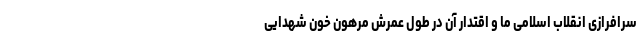
سرافرازی انقلاب اسلامی ما و اقتدار آن در طول عمرش مرهون خون شهدایی